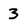
Character: 3